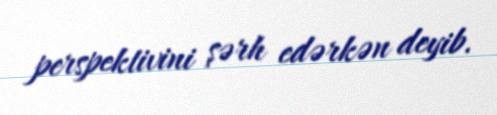
perspektivini şərh edərkən deyib.